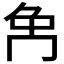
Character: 𠕗